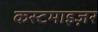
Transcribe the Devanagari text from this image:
कस्टमाइज़र